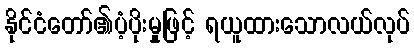
နိုင်ငံတော်၏ပံ့ပိုးမှုဖြင့် ရယူထားသောလယ်လုပ်